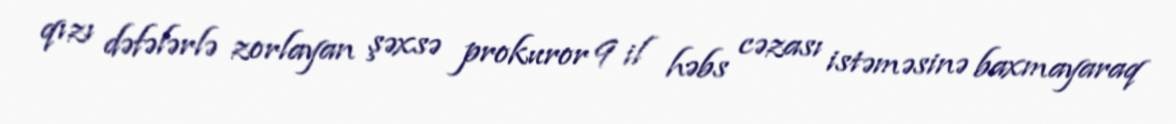
qızı dəfələrlə zorlayan şəxsə prokuror 9 il həbs cəzası istəməsinə baxmayaraq